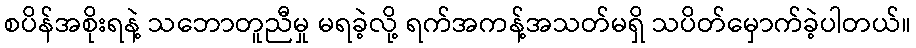
စပိန်အစိုးရနဲ့ သဘောတူညီမှု မရခဲ့လို့ ရက်အကန့်အသတ်မရှိ သပိတ်မှောက်ခဲ့ပါတယ်။